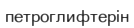
петроглифтерін